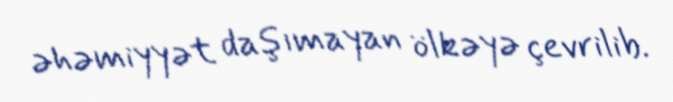
əhəmiyyət daşımayan ölkəyə çevrilib.